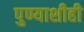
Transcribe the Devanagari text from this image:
पुण्याशीही